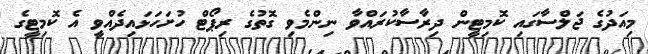
މިއަދުގެ ޖަލްސާގައި ކޮމިޓީން ދިރާސާކުރައްވާ ނިންމެވި ގޮތުގެ ރިޕޯޓް ހުށަހަޅައިދެއްވީ އެ ކޮމިޓީގެ